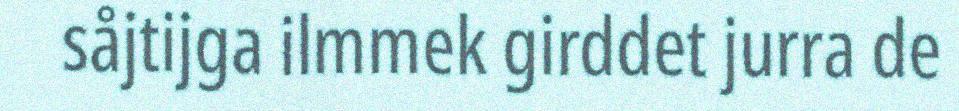
såjtijga ilmmek girddet jurra de